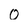
Character: 0